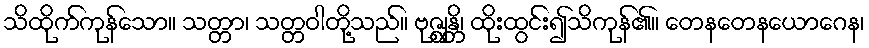
သိထိုက်ကုန်သော။ သတ္တာ၊ သတ္တဝါတို့သည်။ ဗုဇ္ဈန္တိ၊ ထိုးထွင်း၍သိကုန်၏။ တေနတေနယောဂေန၊